Problem: 47 + 32 = ?
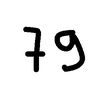
Handwritten answer: 79